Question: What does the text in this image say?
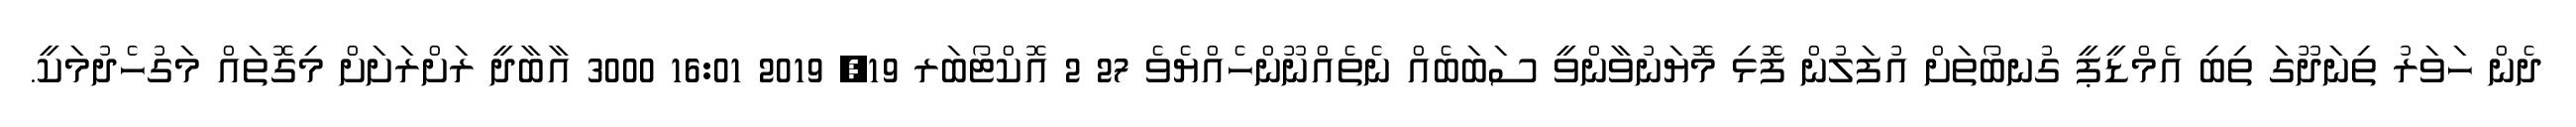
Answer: ދެން ހަވަރު ތިނަދޫގަ ތިބި އެމްޑީޕީ ގުނބޯތަށް އުފަލުން ފޮޅި މޮޔަނުވާންވީ ސަބަބެއް ނެތެއްނޫންހެއްޔެވެ 27 2 އޮކްޓޯބަރ 19, 2019 16:01 3000 އާބާދީ ރަށްރަށަށް މިގޮތައް މަގުހެދުމަކީ.